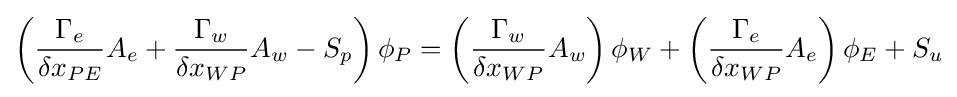
\left({\frac {\Gamma _{e}}{\delta x_{PE}}}A_{e}+{\frac {\Gamma _{w}}{\delta x_{WP}}}A_{w}-S_{p}\right)\phi _{P}=\left({\frac {\Gamma _{w}}{\delta x_{WP}}}A_{w}\right)\phi _{W}+\left({\frac {\Gamma _{e}}{\delta x_{WP}}}A_{e}\right)\phi _{E}+S_{u}